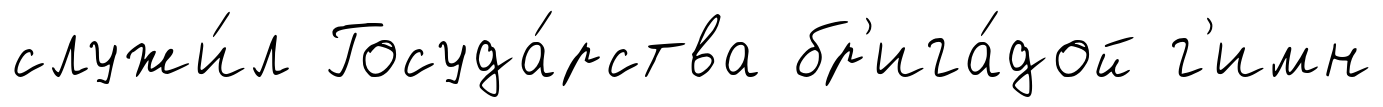
служи́л Госуда́рства бр'ига́дой г'имн